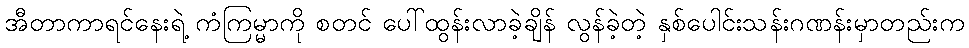
အီတာကာရင်နေးရဲ့ ကံကြမ္မာကို စတင် ပေါ်ထွန်းလာခဲ့ချိန် လွန်ခဲ့တဲ့ နှစ်ပေါင်းသန်းဂဏန်းမှာတည်းက